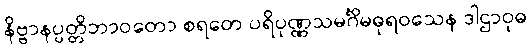
နိဗ္ဗာနပ္ပတ္တိဘာဝတော စရတေ ပရိပုဏ္ဏသမင်္ဂိမဓုရဝသေန ဒါဌာဝုဓ